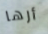
أرها